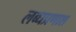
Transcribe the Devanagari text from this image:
लब्धप्रणाश